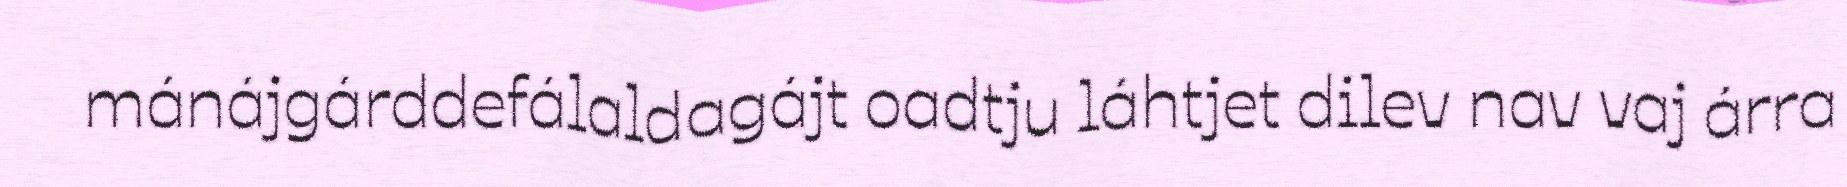
mánájgárddefálaldagájt oadtju láhtjet dilev nav vaj árra